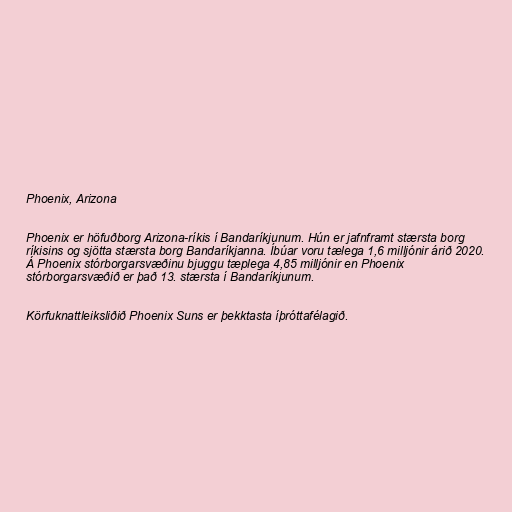
Phoenix, Arizona

Phoenix er höfuðborg Arizona-ríkis í Bandaríkjunum. Hún er jafnframt stærsta borg
ríkisins og sjötta stærsta borg Bandaríkjanna. Íbúar voru tælega 1,6 milljónir árið 2020.
Á Phoenix stórborgarsvæðinu bjuggu tæplega 4,85 milljónir en Phoenix
stórborgarsvæðið er það 13. stærsta í Bandaríkjunum.

Körfuknattleiksliðið Phoenix Suns er þekktasta íþróttafélagið.